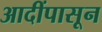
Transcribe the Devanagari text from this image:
आदींपासून